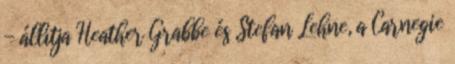
- állítja Heather Grabbe és Stefan Lehne, a Carnegie